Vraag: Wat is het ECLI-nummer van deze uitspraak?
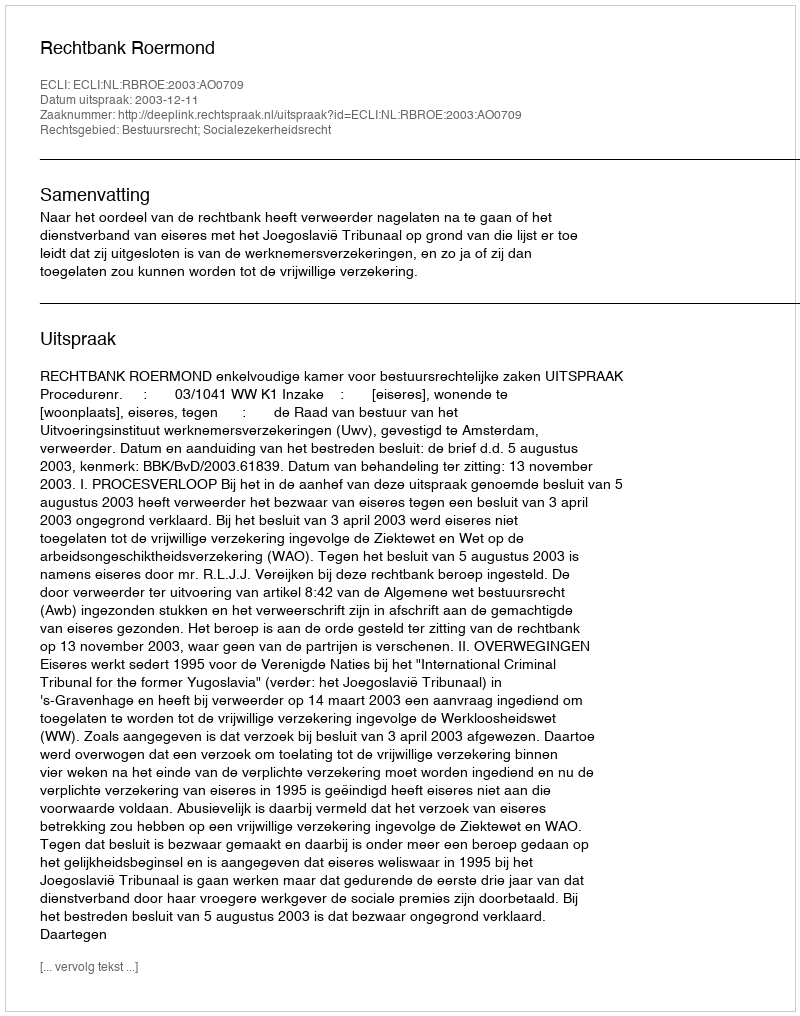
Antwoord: ECLI:NL:RBROE:2003:AO0709